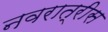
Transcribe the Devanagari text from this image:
नवरात्रीस